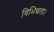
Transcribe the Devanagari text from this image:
विभिन्नता।